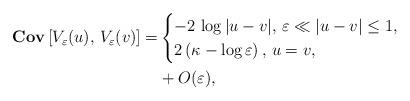
LaTeX: \begin{align*}{\bf{Cov}}\left[V_{\varepsilon}(u), \,V_{\varepsilon}(v)\right] = & \begin{cases} -2 \, \log|u-v|, \, \varepsilon\ll|u-v|\leq 1, \\ 2\left(\kappa-\log\varepsilon\right),\, u=v,\end{cases} \\& + O(\varepsilon),\end{align*}